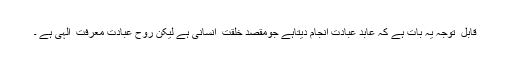
قابل ِ توجہ یہ بات ہے کہ عابد عبادت انجام دیتاہے جومقصدِ خلقت ِ انسانی ہے لیکن رُوح عبادت معرفت ِ الہٰی ہے ۔